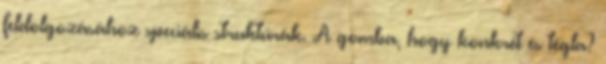
feldolgozásához speciális struktúrák. A gomba, hogy konkrét és tégla?